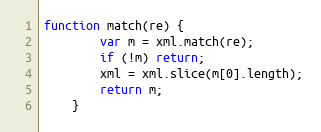
Language: JavaScript
function match(re) {
		var m = xml.match(re);
		if (!m) return;
		xml = xml.slice(m[0].length);
		return m;
	}